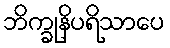
ဘိက္ခုနိပရိသာပေ